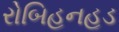
રોબિહનહૂડ